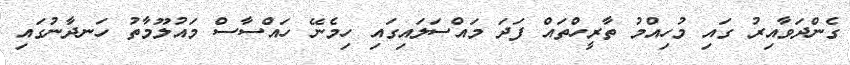
ގެންދަވާއިރު ގައި މުހިއްމު ތާރީހްތައް ފަދަ މައްސަލައިގައި ހިމެނޭ ހައްސާސް މައުލޫމާތު ހަނދާނުގައި